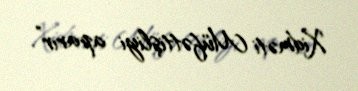
Xidməti Müfəttişliyi aparır”.